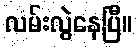
လမ်းလွဲနေပြီ။